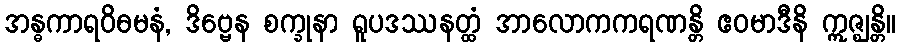
အန္ဓကာရဝိဓမနံ, ဒိဗ္ဗေန စက္ခုနာ ရူပဒဿနတ္ထံ အာလောကကရဏန္တိ ဧဝမာဒီနိ ဣဇ္ဈန္တိ။